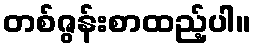
တစ်ဇွန်းစာထည့်ပါ။